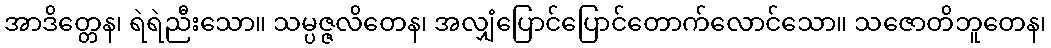
အာဒိတ္တေန၊ ရဲရဲညီးသော။ သမ္ပဇ္ဇလိတေန၊ အလျှံပြောင်ပြောင်တောက်လောင်သော။ သဇောတိဘူတေန၊